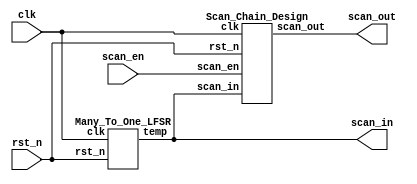
`timescale 1ns/1ps

module Built_In_Self_Test(clk, rst_n, scan_en, scan_in, scan_out);
input clk;
input rst_n;
input scan_en;
output scan_in;
output scan_out;
Many_To_One_LFSR M1(clk, rst_n, scan_in);

Scan_Chain_Design Sc(clk, rst_n, scan_in, scan_en, scan_out);

endmodule




module Scan_Chain_Design(clk, rst_n, scan_in, scan_en, scan_out);
input clk;
input rst_n;
input scan_in;
input scan_en;
output  scan_out;
reg [7:0] dff;
reg scan_out;

wire [7:0] p;
wire [3:0] a,b;

always@(posedge clk) begin
    if(!rst_n) begin
        dff[7:0] <= 8'd00000000;
        
    end
    else begin
        if(scan_en) begin
            dff[7] <= scan_in;
            dff[0] <= dff[1];   
            dff[1] <= dff[2];
            dff[2] <= dff[3];
            dff[3] <= dff[4];
            dff[4] <= dff[5];
            dff[5] <= dff[6];
            dff[6] <= dff[7];
            scan_out <= dff[1];
        end
        else begin
            scan_out <= p[0];
            dff[7:0] <= p[7:0];
        end
    end
end

assign b = dff[3:0];
assign a = dff[7:4];
assign p = a*b;


endmodule


module Many_To_One_LFSR(clk, rst_n, temp);
input clk;
input rst_n;
reg [7:0] out;
output temp;
reg [7:0] DFF;



always @(posedge clk) begin
    if(rst_n == 0) begin
        out <= 8'b10111101;
        //DFF <= 8'b10111101;
    end
    else begin
        out <= DFF;
    end
end

always @(*) begin
        DFF[7] = out[6];
        DFF[6] = out[5];
        DFF[5] = out[4];
        DFF[4] = out[3];
        DFF[3] = out[2];
        DFF[2] = out[1];
        DFF[1] = out[0];
        DFF[0] = (out[1]^out[2]) ^ (out[3] ^ out[7]);
end
assign temp = out[7];
endmodule